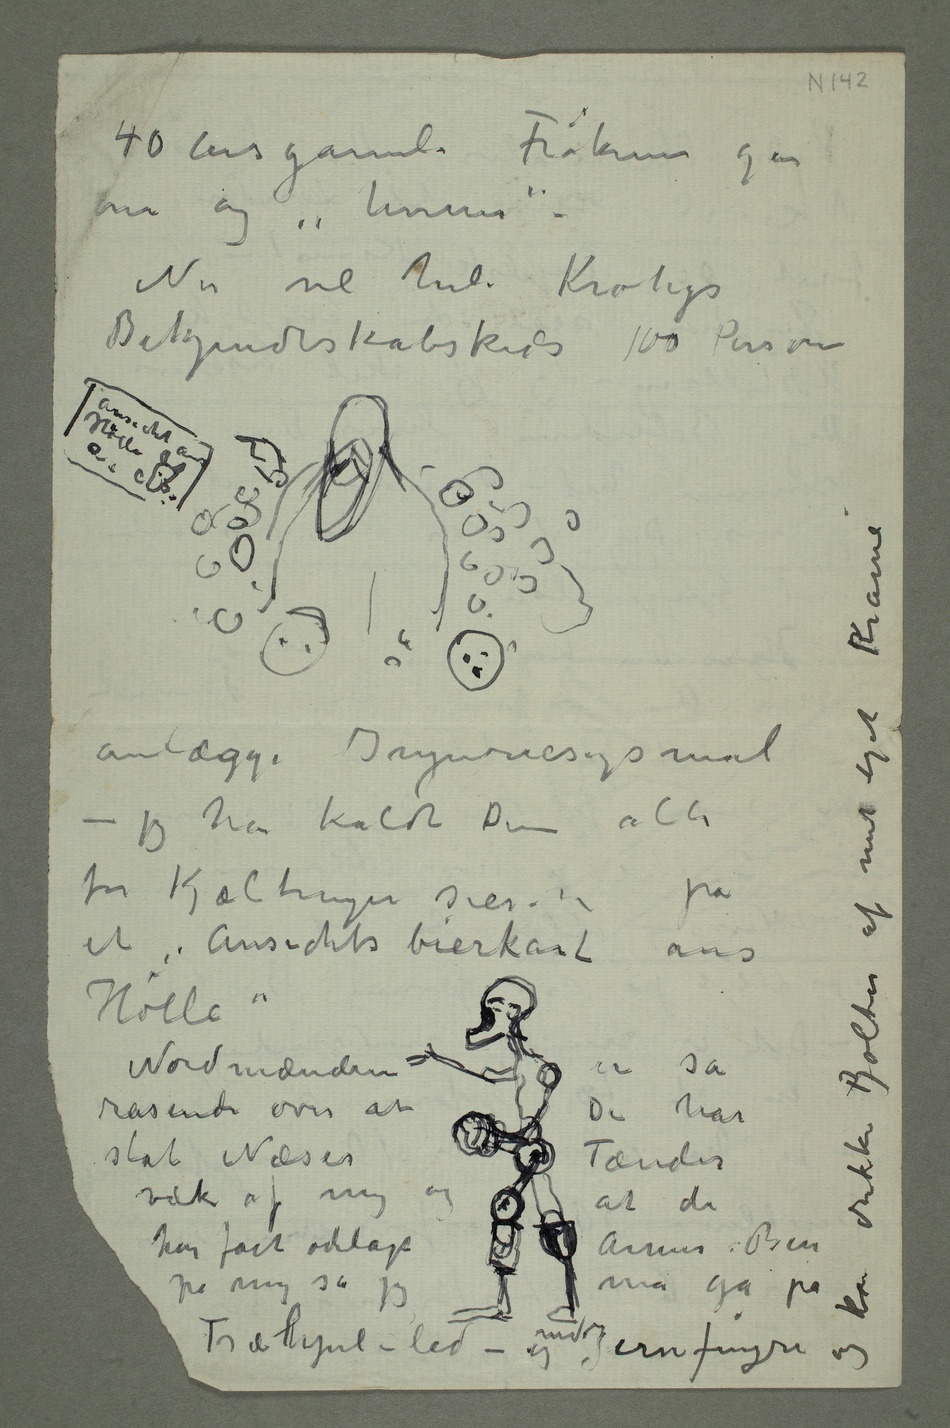
40 årsgamle Frøkener går
om og «hviner» –
Nu vil hele Krohgs
Bekjendtskabskreds 100 Personer
Tegning Ansicht aus
jeg har kaldt Dem alle
for Kjæltringer sier  på
et «Ansichtsbierkart aus
rasende over at
De har
væk af mig og at de
har fået ødelagt Armer Ben
må gå
mit eget